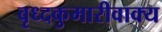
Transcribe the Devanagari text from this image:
वृध्दकुमारीवाक्य